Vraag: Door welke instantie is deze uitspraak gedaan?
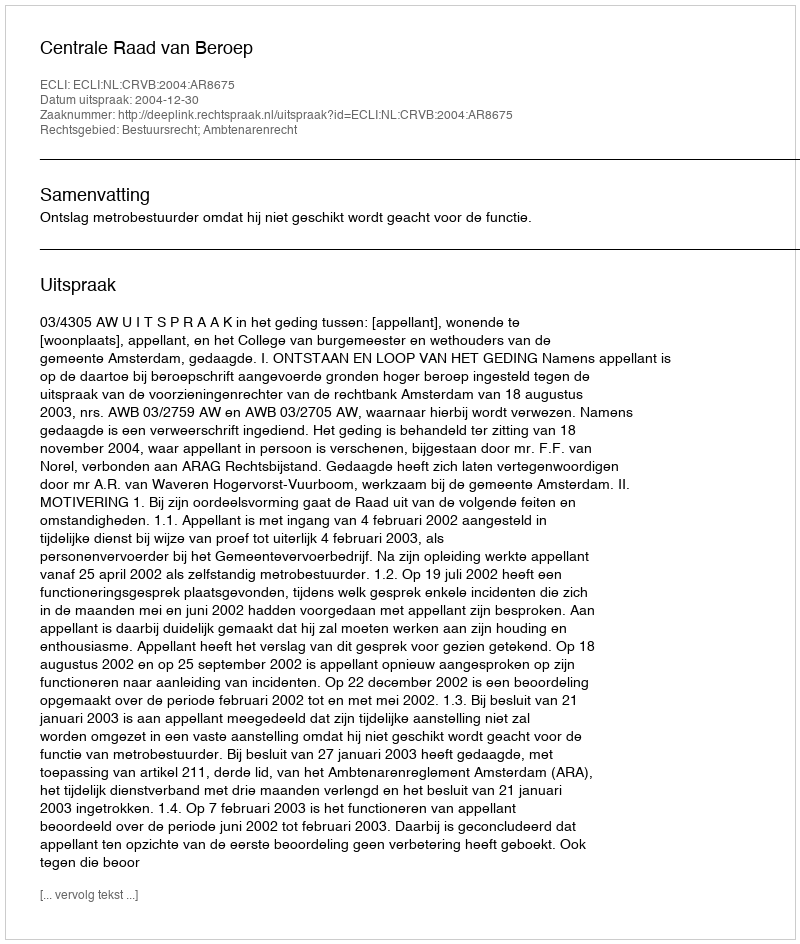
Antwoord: Centrale Raad van Beroep